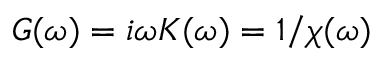
G ( \omega ) = i \omega K ( \omega ) = 1 / \chi ( \omega )